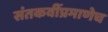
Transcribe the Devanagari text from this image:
संतकवींप्रमाणेच